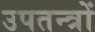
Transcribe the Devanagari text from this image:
उपतन्त्रों